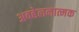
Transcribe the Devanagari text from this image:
अवहेलनात्मक